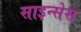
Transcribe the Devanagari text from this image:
साइन्सेस